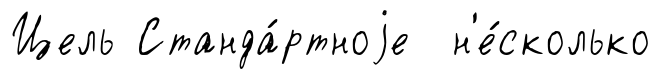
Цель Станда́ртноjе н'е́сколько